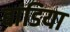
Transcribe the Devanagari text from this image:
बांडिया